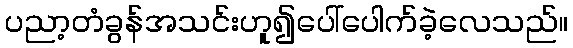
ပညာ့တံခွန်အသင်းဟူ၍ပေါ်ပေါက်ခဲ့လေသည်။